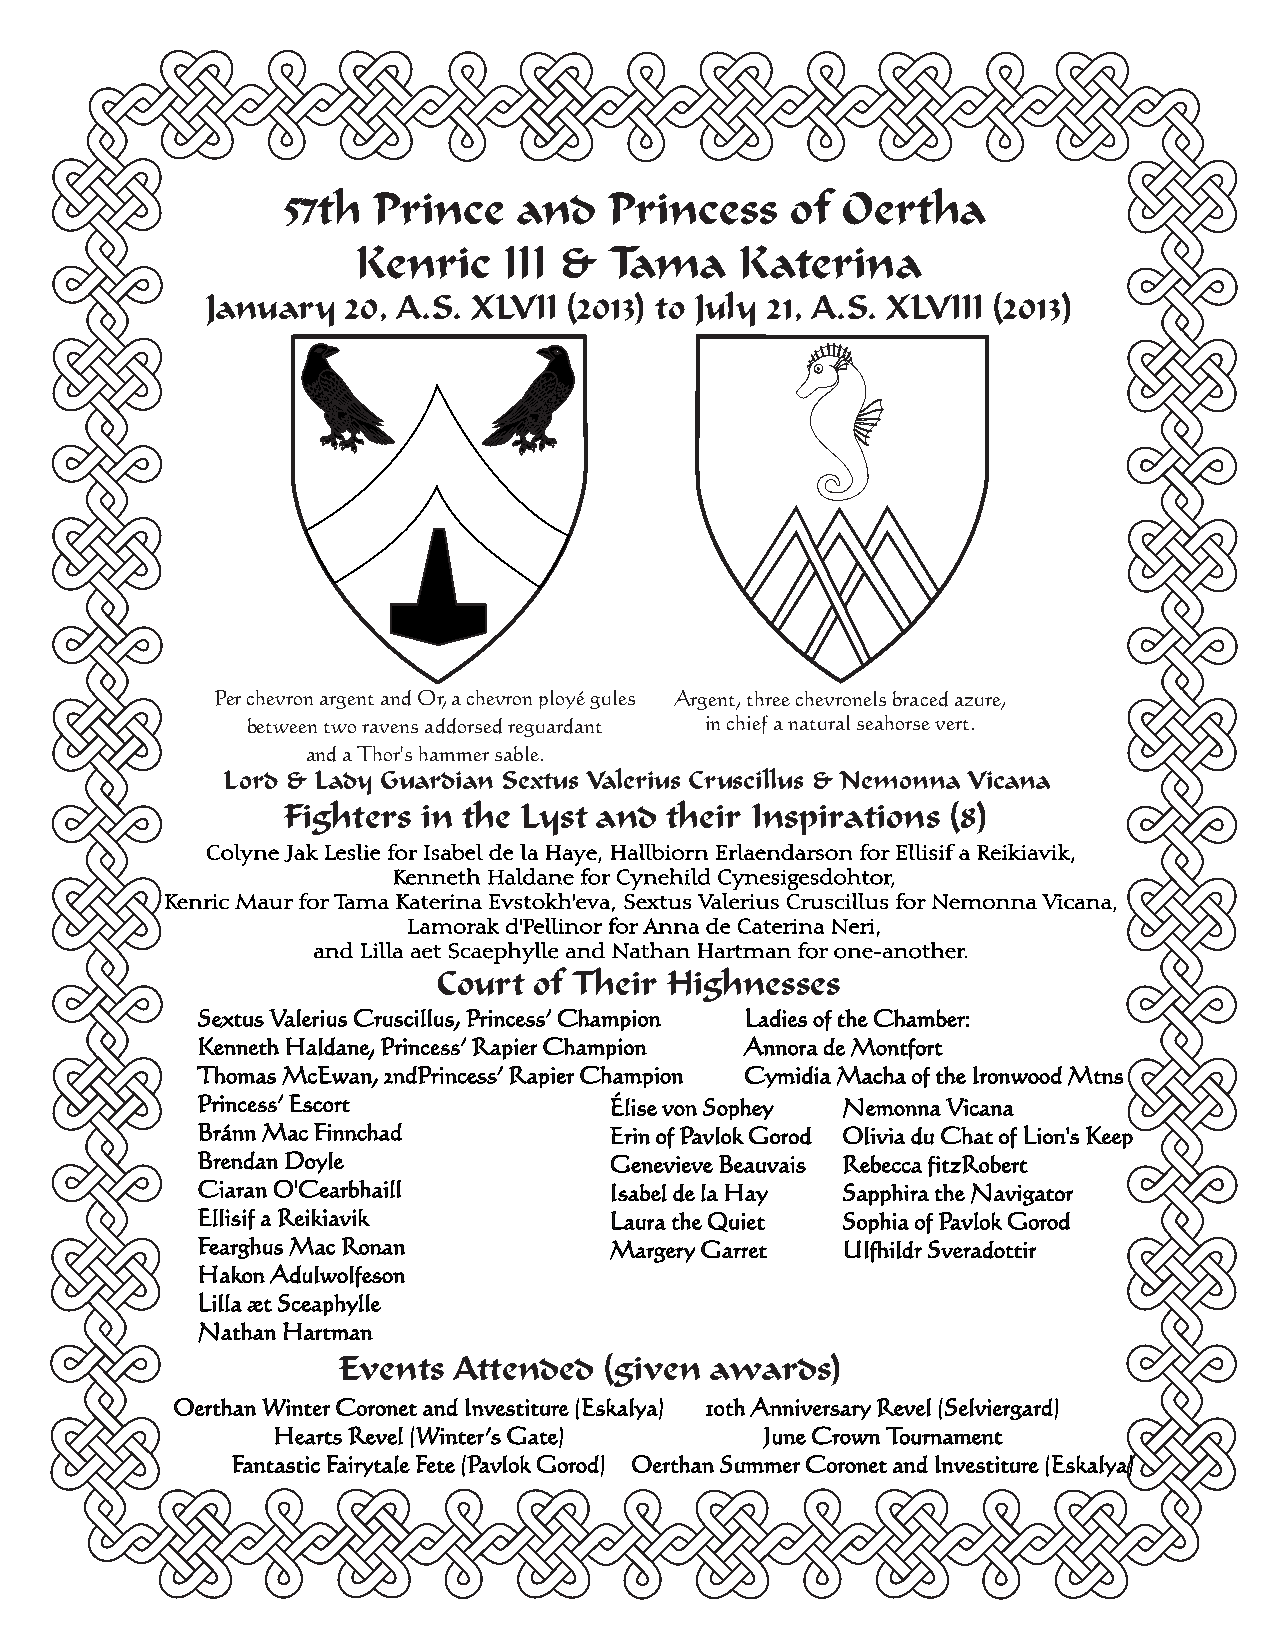
57th  Prince   and   Princess    of  Oertha
 Kenric   III &  Tama     Katerina
 January  20, A.S. XLVII (2013) to July 21, A.S. XLVIII (2013)
 Per chevron argent and Or, a chevron ployé gules Argent, three chevronels braced azure,
 between two ravens addorsed reguardant in chief a natural seahorse vert.
 and a Thor's hammer sable.
 Lord & Lady Guardian Sextus Valerius Cruscillus & Nemonna Vicana
 Fighters in the Lyst and their Inspirations (8)
 Colyne Jak Leslie for Isabel de la Haye, Hallbiorn Erlaendarson for Ellisif a Reikiavik,
 Kenneth Haldane for Cynehild Cynesigesdohtor,
 Kenric Maur for Tama Katerina Evstokh'eva, Sextus Valerius Cruscillus for Nemonna Vicana,
 Lamorak d'Pellinor for Anna de Caterina Neri,
 and Lilla aet Scaephylle and Nathan Hartman for one-another.
 Court of Their Highnesses
 Sextus Valerius Cruscillus, Princess’ Champion Ladies of the Chamber:
 Kenneth Haldane, Princess’ Rapier Champion Annora de Montfort
 Thomas McEwan, 2ndPrincess’ Rapier Champion Cymidia Macha of the Ironwood Mtns
 Princess’ Escort           Élise von Sophey Nemonna Vicana
 Bránn Mac Finnchad         Erin of Pavlok Gorod Olivia du Chat of Lion's Keep
 Brendan Doyle              Genevieve Beauvais Rebecca fitzRobert
 Ciaran O'Cearbhaill        Isabel de la Hay Sapphira the Navigator
 Ellisif a Reikiavik        Laura the Quiet Sophia of Pavlok Gorod
 Fearghus Mac Ronan         Margery Garret  Ulfhildr Sveradottir
 Hakon Adulwolfeson
 Lilla æt Sceaphylle
 Nathan Hartman
 Events  Attended  (given awards)
 Oerthan Winter Coronet and Investiture (Eskalya) 10th Anniversary Revel (Selviergard)
 Hearts Revel (Winter’s Gate)     June Crown Tournament
 Fantastic Fairytale Fete (Pavlok Gorod) Oerthan Summer Coronet and Investiture (Eskalya)